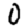
Digit: 0